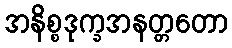
အနိစ္စဒုက္ခအနတ္တတော